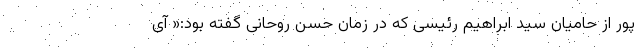
پور از حامیان سید ابراهیم رئیسی که در زمان حسن روحانی گفته بود:« آی